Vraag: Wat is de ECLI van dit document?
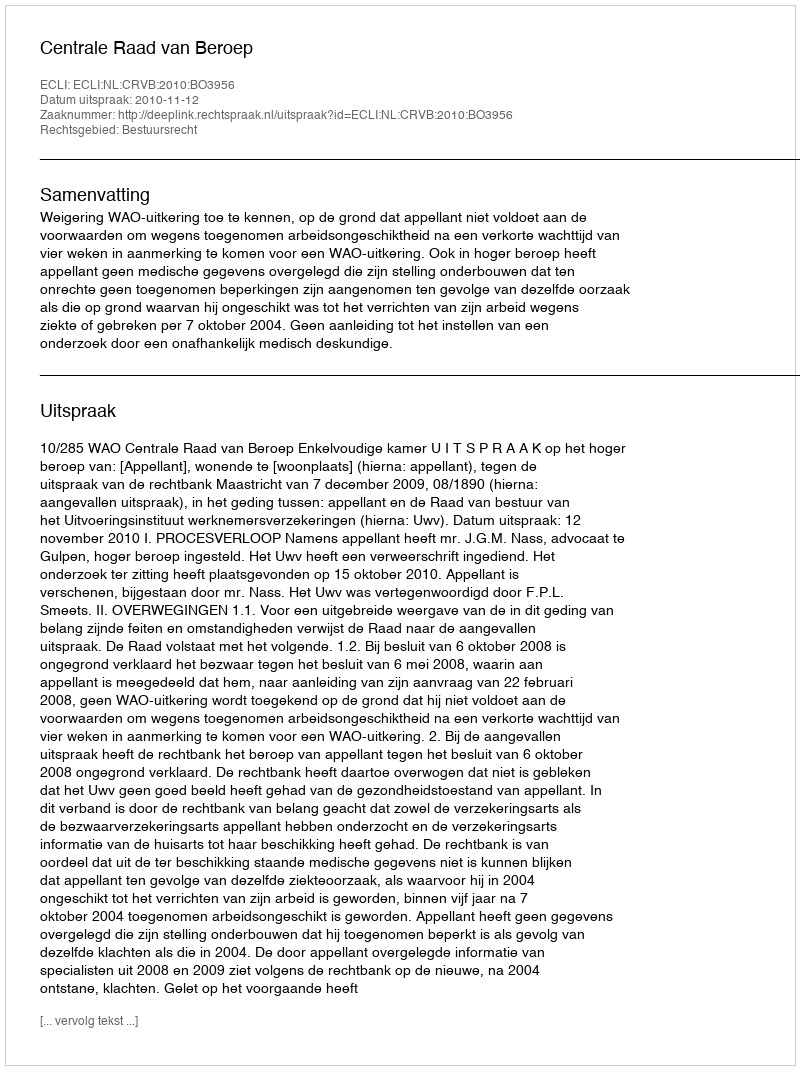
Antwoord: ECLI:NL:CRVB:2010:BO3956